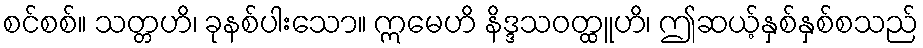
စင်စစ်။ သတ္တဟိ၊ ခုနစ်ပါးသော။ ဣမေဟိ နိဒ္ဒသဝတ္ထူဟိ၊ ဤဆယ့်နှစ်နှစ်စသည်